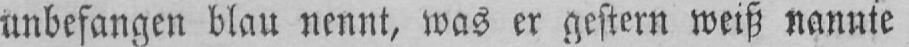
unbefangen blau nennt, was er gestern weiß nannte